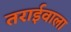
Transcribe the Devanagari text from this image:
तराईवाला